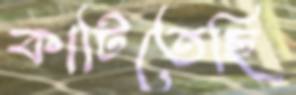
কাটিতেছি